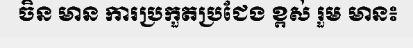
ចិន មាន ការប្រកួតប្រជែង ខ្ពស់ រួម មាន៖